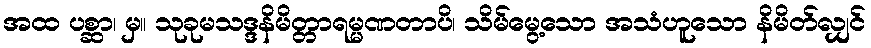
အထ ပစ္ဆာ၊ မှ။ သုခုမသဒ္ဒနိမိတ္တာရမ္မဏတာပိ၊ သိမ်မွေ့သော အသံဟူသော နိမိတ်လျှင်